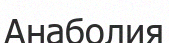
Анаболия